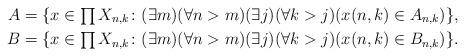
LaTeX: \begin{align*}A &= \{x \in \textstyle\prod X_{n, k}\colon (\exists m)(\forall n >m)(\exists j)(\forall k >j)(x(n, k) \in A_{n,k})\},\\B &=\{x \in \textstyle\prod X_{n, k} \colon (\exists m)(\forall n >m)(\exists j)(\forall k >j)(x(n , k) \in B_{n,k})\}.\end{align*}